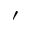
^ \prime